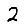
Digit: 2